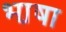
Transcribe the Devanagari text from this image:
भा़षा